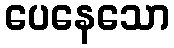
ပေနေသော